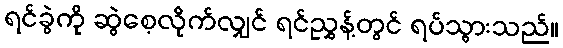
ရင်ခွဲကို ဆွဲစေ့လိုက်လျှင် ရင်ညွှန့်တွင် ရပ်သွားသည်။